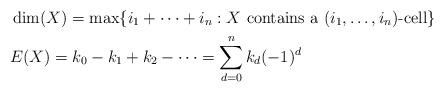
LaTeX: \begin{align*}& \dim(X)=\max\{i_{1}+\cdots+i_{n}: X \mbox{ contains a } (i_{1}, \ldots, i_{n})\mbox{-cell}\} \\& E(X) =k_{0}-k_{1}+k_{2}-\cdots = \sum_{d=0}^{n} k_{d} (-1)^{d}\end{align*}